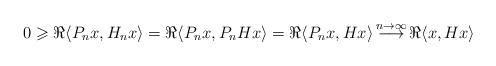
LaTeX: \begin{align*}0\geqslant \Re \langle P_n x,H_n x\rangle =\Re \langle P_n x,P_nH x\rangle=\Re \langle P_n x,H x\rangle\mathop{\longrightarrow}^{n\to\infty} \Re \langle x,H x\rangle\end{align*}